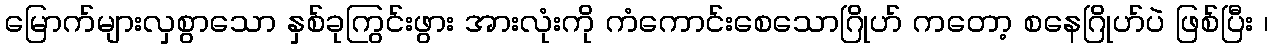
မြောက်များလှစွာသော နှစ်ခုကြွင်းဖွား အားလုံးကို ကံကောင်းစေသောဂြိုဟ် ကတော့ စနေဂြိုဟ်ပဲ ဖြစ်ပြီး ၊